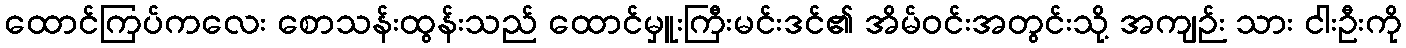
ထောင်ကြပ်ကလေး စောသန်းထွန်းသည် ထောင်မှူးကြီးမင်းဒင်၏ အိမ်ဝင်းအတွင်းသို့ အကျဉ်း သား ငါးဦးကို